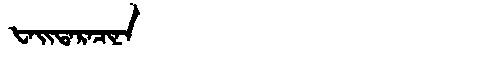
Manchu: ᡶᠠᡳᡨᠠᡵᠠᠴᡳᠨᠠ
Romanization: FAITARACINA